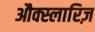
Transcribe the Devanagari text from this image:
औक्स्लारिज़